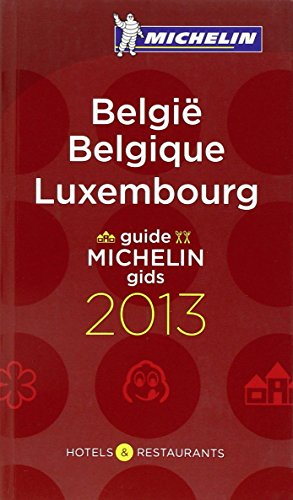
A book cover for Belgique Luxembourg 2013 (Michelin Guides) (French, English, German and Dutch Edition); Travel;